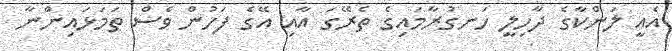
އެއީ ލަންކާގެ ދާހިލީ ހަނގުރާމައިގެ ތެރޭގަ އާއި އޭގެ ފަހުން ވެސް ތަމަޅައިންނާ